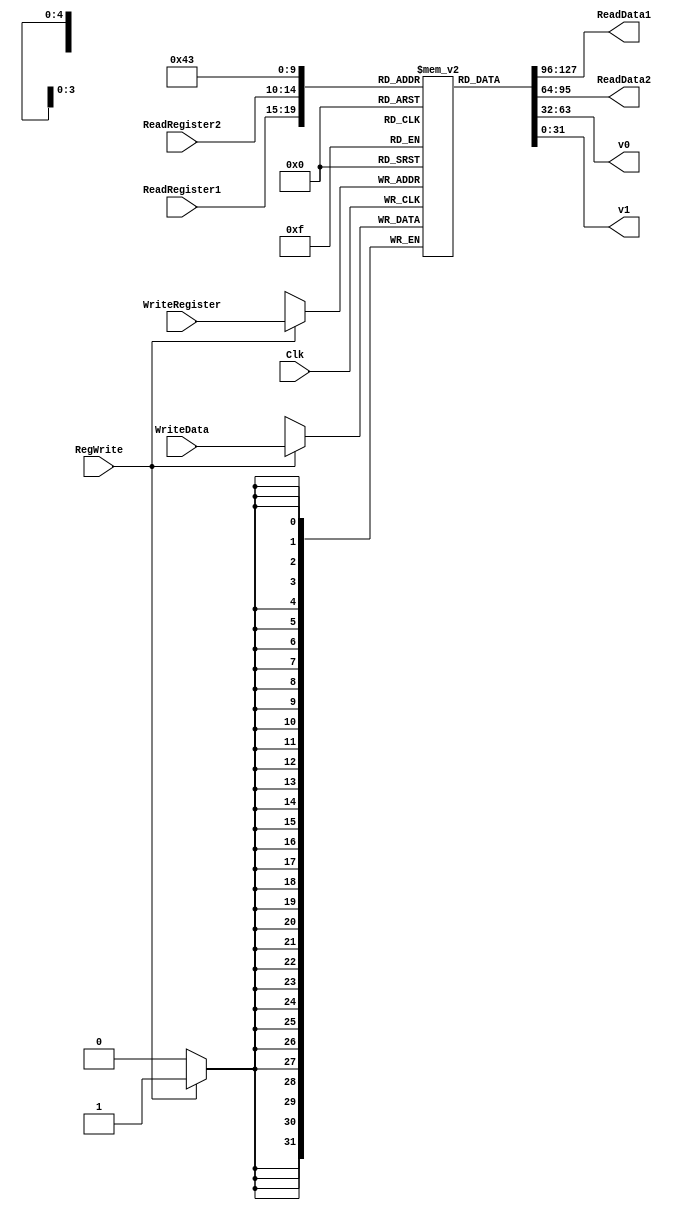
`timescale 1ns / 1ps

////////////////////////////////////////////////////////////////////////////////
// ECE369 - Computer Architecture
// 
//
//
// Student(s) Name and Last Name:
//      Ruben Purdy and Kray Althaus, 50/50
//
// Module - register_file.v
// Description - Implements a register file with 32 32-Bit wide registers.
//
// 
// INPUTS:-
// ReadRegister1: 5-Bit address to select a register to be read through 32-Bit 
//                output port 'ReadRegister1'.
// ReadRegister2: 5-Bit address to select a register to be read through 32-Bit 
//                output port 'ReadRegister2'.
// WriteRegister: 5-Bit address to select a register to be written through 32-Bit
//                input port 'WriteRegister'.
// WriteData: 32-Bit write input port.
// RegWrite: 1-Bit control input signal.
//
// OUTPUTS:-
// ReadData1: 32-Bit registered output. 
// ReadData2: 32-Bit registered output. 
//
// FUNCTIONALITY:-
// 'ReadRegister1' and 'ReadRegister2' are two 5-bit addresses to read two 
// registers simultaneously. The two 32-bit data sets are available on ports 
// 'ReadData1' and 'ReadData2', respectively. 'ReadData1' and 'ReadData2' are 
// registered outputs (output of register file is written into these registers 
// at the falling edge of the clock). You can view it as if outputs of registers
// specified by ReadRegister1 and ReadRegister2 are written into output 
// registers ReadData1 and ReadData2 at the falling edge of the clock. 
//
// 'RegWrite' signal is high during the rising edge of the clock if the input 
// data is to be written into the register file. The contents of the register 
// specified by address 'WriteRegister' in the register file are modified at the 
// rising edge of the clock if 'RegWrite' signal is high. The D-flip flops in 
// the register file are positive-edge (rising-edge) triggered. (You have to use 
// this information to generate the write-clock properly.) 
//
// NOTE:-
// We will design the register file such that the contents of registers do not 
// change for a pre-specified time before the falling edge of the clock arrives 
// to allow for data multiplexing and setup time.
////////////////////////////////////////////////////////////////////////////////

module RegisterFile(ReadRegister1, ReadRegister2, WriteRegister, WriteData, RegWrite, Clk, ReadData1, ReadData2, v0, v1);

	input [4:0] ReadRegister1, ReadRegister2, WriteRegister;
	input [31:0] WriteData;
	input RegWrite;
	input Clk;
	
	output reg [31:0] ReadData1, ReadData2, v0, v1;
	
	integer i;
	
	reg [31:0] registers [31:0]; // Array of 32 32-bit registers.
	
	// itialize the registers to zero
	initial begin
	   for(i = 0; i < 32; i = i + 1) begin
	       registers[i] <= 32'd0;
	   end
	   // Initialize stack pointer
	   registers[29] <= 32'd4119;
	end
	
	// Write on the posedge of the Clk
	always@(posedge Clk) begin
        if (RegWrite == 1)
            registers[WriteRegister] <= WriteData;
	end
	
	// Read on the negedge of the Clk
	always@(*) begin
	   ReadData1 <= registers[ReadRegister1];
	   ReadData2 <= registers[ReadRegister2];
	   v0 <= registers[2];
	   v1 <= registers[3];
	end

endmodule